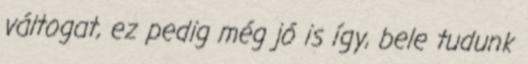
váltogat, ez pedig még jó is így, bele tudunk